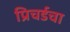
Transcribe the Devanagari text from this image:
प्रिचर्डचा